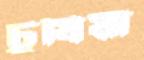
চুষিয়া